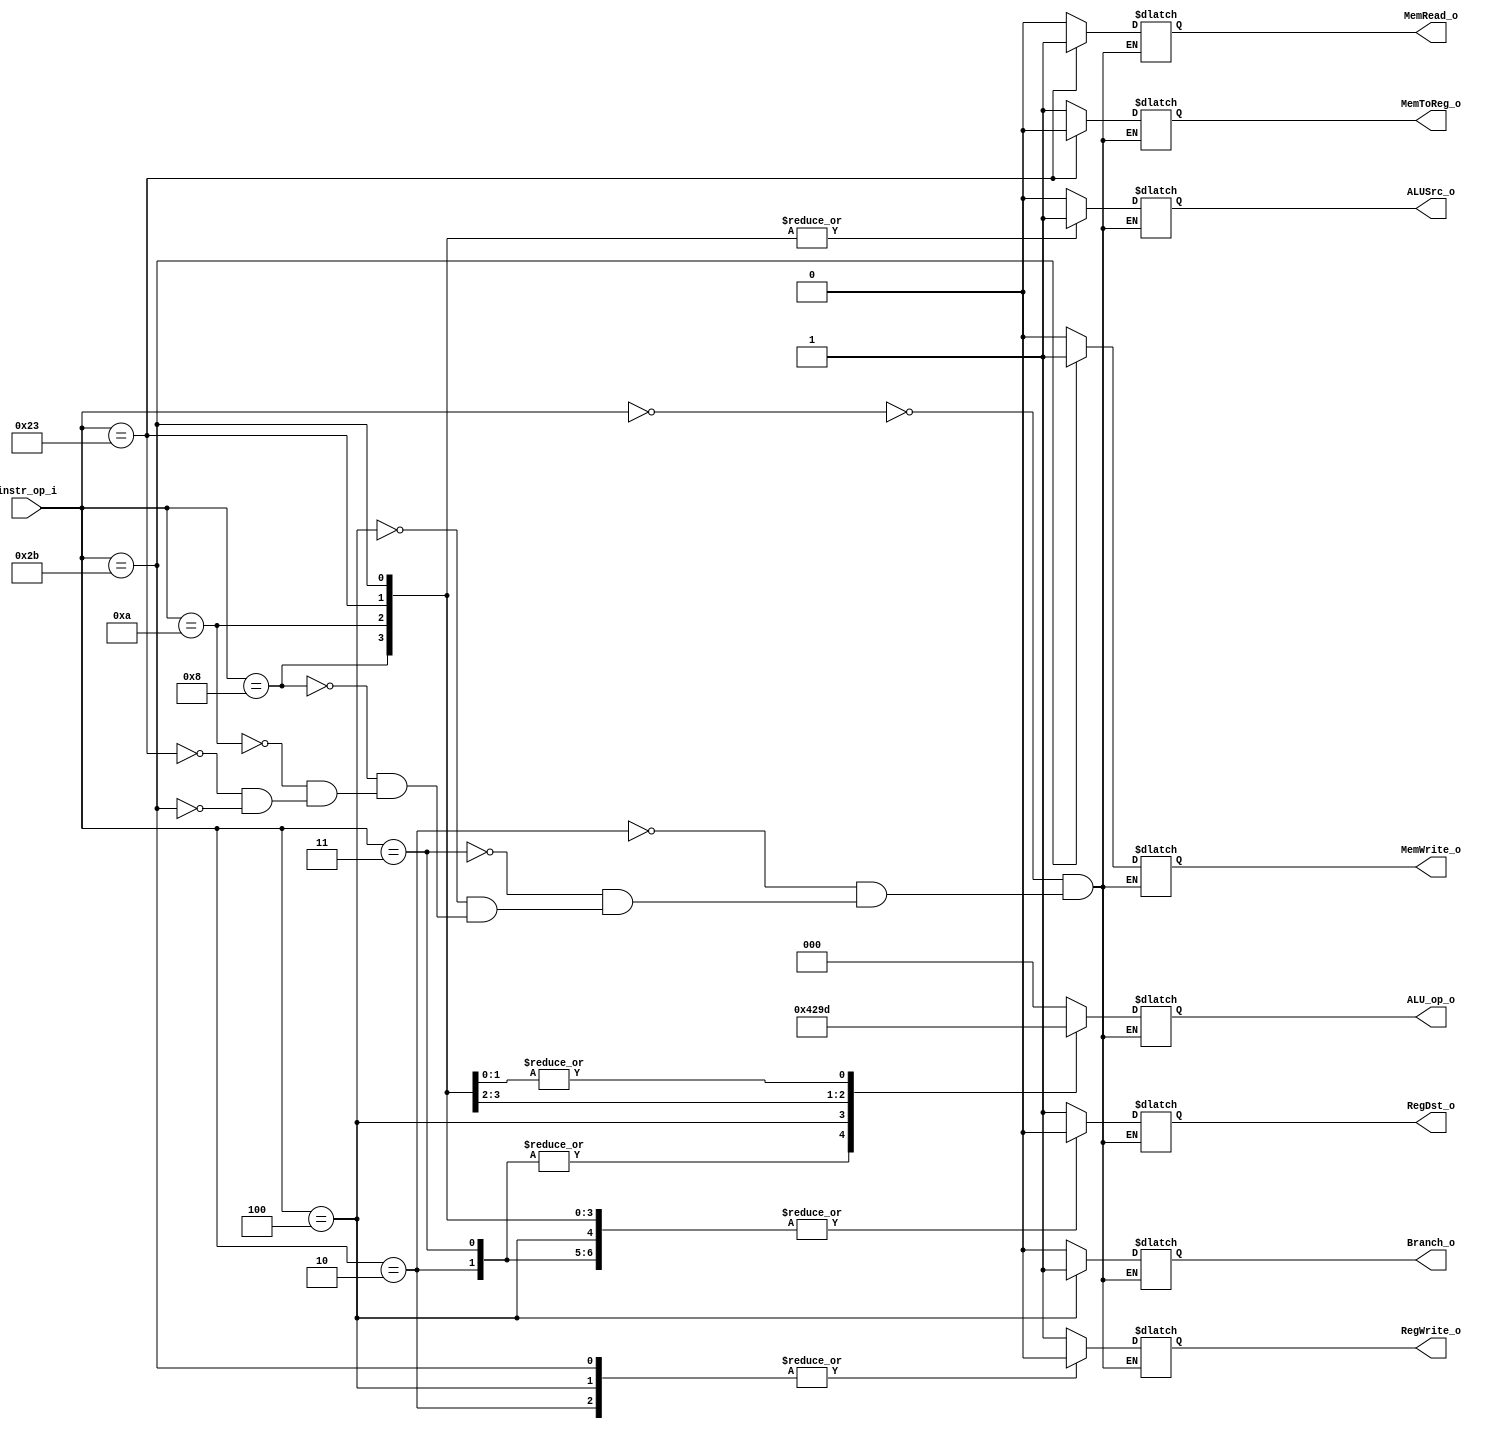
//  0516205  0516228
//Subject:     CO project 2 - Decoder
//--------------------------------------------------------------------------------
//Version:     1
//--------------------------------------------------------------------------------
//Writer:      Luke
//----------------------------------------------
//Date:        
//----------------------------------------------
//Description: 
//--------------------------------------------------------------------------------

module Decoder(
    instr_op_i,
	RegWrite_o,
	ALU_op_o,
	ALUSrc_o,
	RegDst_o,
	Branch_o,
	MemToReg_o,
	MemRead_o,
	MemWrite_o
	);
     
//I/O ports
input  [6-1:0] instr_op_i;

output         RegWrite_o;
output [3-1:0] ALU_op_o;
output         ALUSrc_o;
output		   RegDst_o;
output         Branch_o;
output 		   MemToReg_o; 
output 	  	   MemRead_o;
output         MemWrite_o;  

//Internal Signals
reg    [3-1:0] ALU_op_o;
reg            ALUSrc_o;
reg            RegWrite_o;
reg    		   RegDst_o;
reg            Branch_o;
reg    		   MemToReg_o; 
reg            MemRead_o;
reg    		   MemWrite_o;  

//Parameter
parameter  ALU_op_Rtype = 3'd0;
parameter  ALU_op_Beq = 3'd1;
parameter  ALU_op_Addi = 3'd2;
parameter  ALU_op_Slti = 3'd3;
parameter  ALU_op_Jump = 3'd4;
parameter  ALU_op_SwLw = 3'd5;

always@(*)begin
	case (instr_op_i)
		6'd0: begin //R type 
				ALU_op_o <= ALU_op_Rtype;
				RegWrite_o <= 1'b1;
				ALUSrc_o <= 1'b0;
				RegDst_o <= 1'b1;
				Branch_o <= 1'b0;
				MemToReg_o <= 1'b1;
				MemRead_o <= 1'b0;
				MemWrite_o <= 1'b0;
		end
		6'd2: begin //jump
			ALU_op_o <= ALU_op_Jump;
			RegWrite_o <= 1'b0;
			ALUSrc_o <= 1'b0;
			RegDst_o <= 1'b0;
			Branch_o <= 1'b0;
			MemToReg_o <= 1'b1;
			MemRead_o <= 1'b0;
			MemWrite_o <= 1'b0;
		end	
		6'd3: begin	//jal			
			ALU_op_o <= ALU_op_Jump;
			RegWrite_o <= 1'b1;
			ALUSrc_o <= 1'b0;
			RegDst_o <= 1'b0;
			Branch_o <=	1'b0;
			MemToReg_o <= 1'b1;
			MemRead_o <= 1'b0;
			MemWrite_o <= 1'b0;
		end
		6'd4: begin	//beq			
			ALU_op_o <= ALU_op_Beq;
			RegWrite_o <= 1'b0;
			ALUSrc_o <= 1'b0;
			RegDst_o <= 1'b0;
			Branch_o <= 1'b1;
			MemToReg_o <= 1'b1;
			MemRead_o <= 1'b0;
			MemWrite_o <= 1'b0;
		end
		6'd8: begin	//addi			
			ALU_op_o <= ALU_op_Addi;
			RegWrite_o <= 1'b1;
			ALUSrc_o <= 1'b1;
			RegDst_o <= 1'b0;
			Branch_o <= 1'b0;
			MemToReg_o <= 1'b1;
			MemRead_o <= 1'b0;
			MemWrite_o <= 1'b0;
		end
		6'd10: begin //slti			
			ALU_op_o <= ALU_op_Slti;
			RegWrite_o <= 1'b1;
			ALUSrc_o <= 1'b1;
			RegDst_o <= 1'b0;
			Branch_o <= 1'b0;
			MemToReg_o <= 1'b1;
			MemRead_o <= 1'b0;
			MemWrite_o <= 1'b0;
		end
		6'd35: begin //lw			
			ALU_op_o <= ALU_op_SwLw;
			RegWrite_o <= 1'b1;
			ALUSrc_o <= 1'b1;
			RegDst_o <= 1'b0;
			Branch_o <= 1'b0;
			MemToReg_o <= 1'b0;
			MemRead_o <= 1'b1;
			MemWrite_o <= 1'b0;
		end
		6'd43: begin //sw			
			ALU_op_o <= ALU_op_SwLw;
			RegWrite_o <= 1'b0;
			ALUSrc_o <= 1'b1;
			RegDst_o <= 1'b0;
			Branch_o <= 1'b0;
			MemToReg_o <= 1'b1;
			MemRead_o <= 1'b0;
			MemWrite_o <= 1'b1;
		end
	endcase
end

//Main function

endmodule